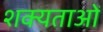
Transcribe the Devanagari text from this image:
शक्यताओं